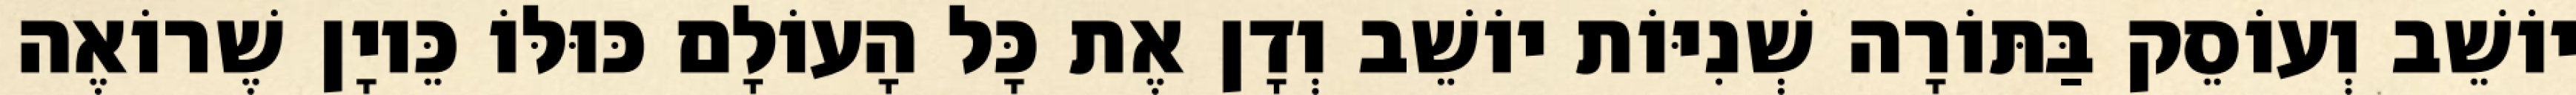
יוֹשֵׁב וְעוֹסֵק בַּתּוֹרָה שְׁנִיּוֹת יוֹשֵׁב וְדָן אֶת כָּל הָעוֹלָם כּוּלּוֹ כֵּיוָן שֶׁרוֹאֶה